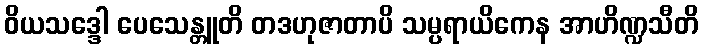
ဝိယသဒ္ဒေါ ပေသေန္တူတိ တဒဟုဇာတာပိ သမ္ပရာယိကေန အာဟိဏ္ဍသီတိ